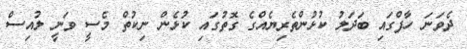
ދެވަނަ ހާފްގައި ބަދަލު ކުޅުންތެރިޔެއްގެ ގޮތުގައި ކުޅެން ނިކުތް މެސީ ވަނީ ލުއިސް